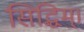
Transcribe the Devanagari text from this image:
सिद्धिम्।